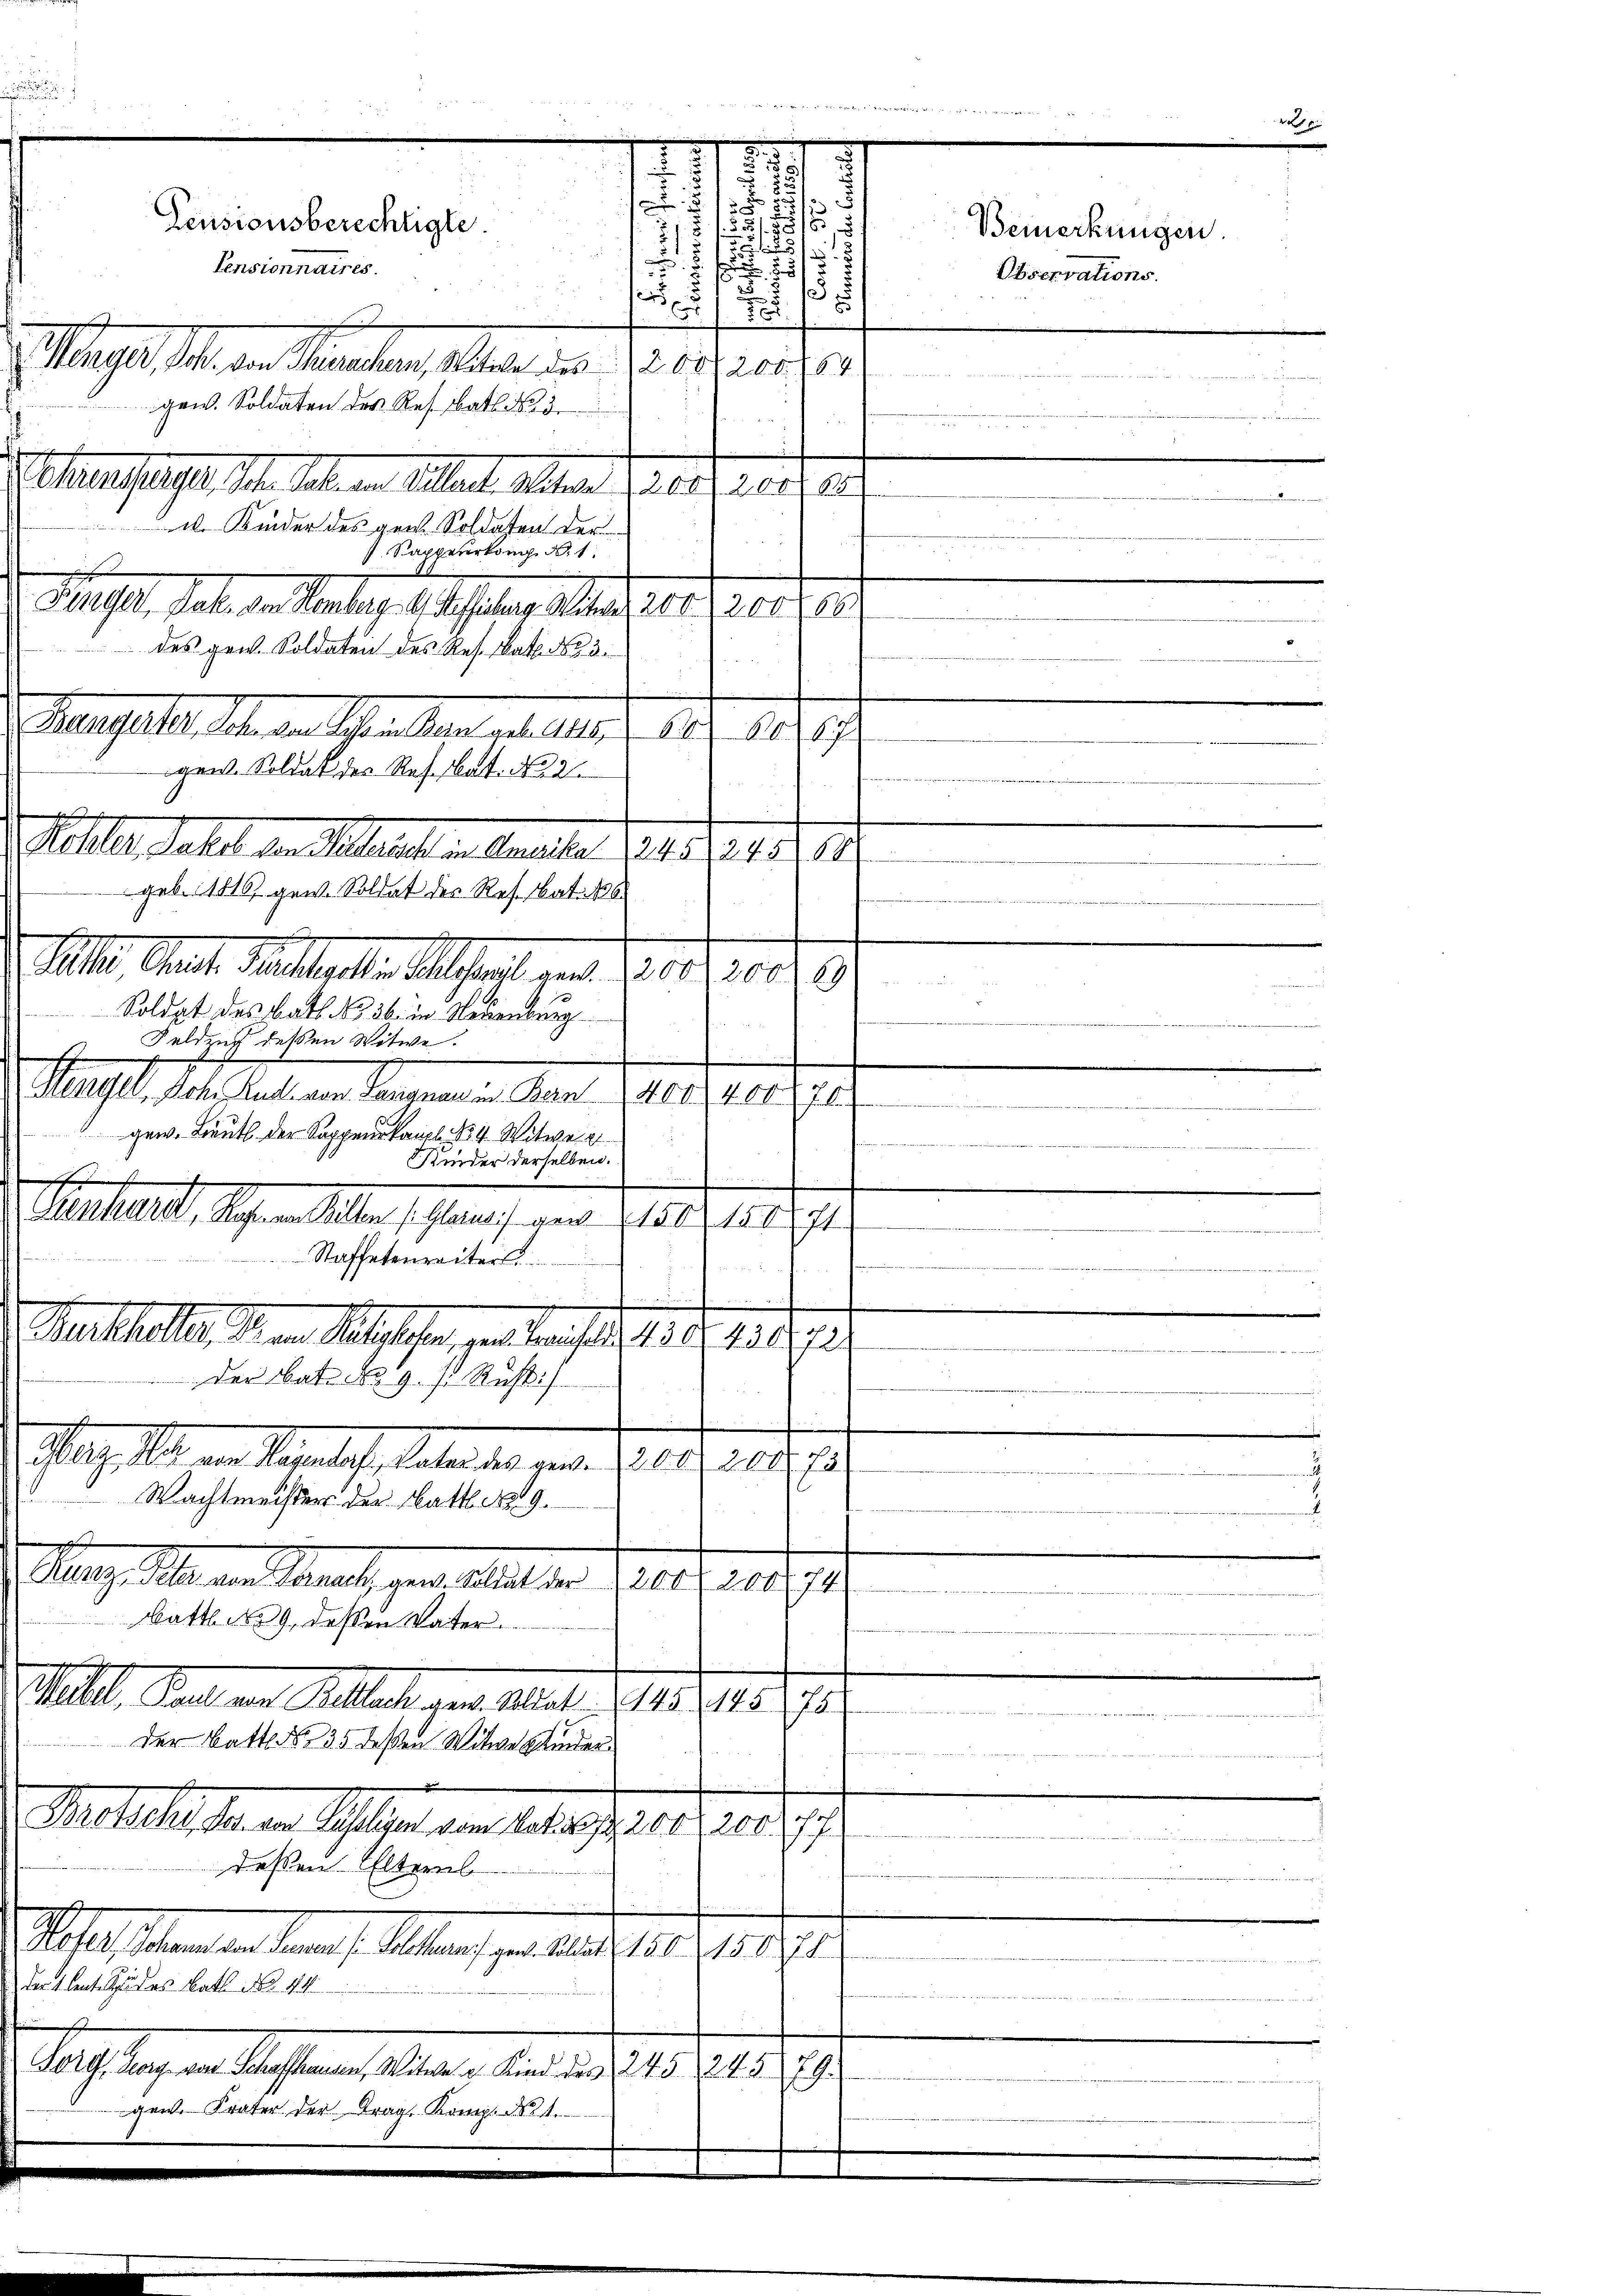
u

7
 a M. an Manchen, der die Verzierges
F
gew. Soldaten des Res. Bat. 3
Vetteshaupt d. habe in Altant Altern Parthalt ei
u. Kinder des gen. Soldaten der
 Sappeurkung d. 1
Mast, hat die Sontag Auslage des gerner
des gen. Soldaten des Res. Bat. No 3.
Pult hat, Sohn der Schen der als 15. d. 181. 810 f.
gew. Soldat des Res. Nat. No 2
ellte, dasel den Statuten Senaten Ges. 1941.
1
i
geb. 1816) gen. Soldat des Res. Bat. 106.
e eben
tl. Art. Mittelte Altstand gant. 27. 1910
69
Soldet des Batt No 36. in Neuenburg
Feldend deßen Witwe.
Stengel, Sch. Rud. von Langnau in Bern 1400. 400 f
e
gew. Lieut. der Sappenskanzl. No. 4. Witwe
Kinder derselben.
Int
enhundt, Sohnen Selben (Glami von 2150. 184

Staffetenreiters.
Marthalte M. an Stellen, von dans le 151. 1882
der Bat. No 9 s. Rust:/
Mar das an Magistets aber der eine Periode nicht e
Wachtmeister der Matt 1819.
Mag. Mai an Staat, per alle der Gesetz 10.
74.
21 der verwider Werkeit
batt No 9. deßen Vater.
e
Mal, Ball an Sellat gern Art. 11. 15.
18
i   der in den würde

die wir
der Batte de 35 deßen Witwe Kinder
.
Malles der an Segen den 10ten u. 1820.
27
deßen Elternl
Sofas Stand an den f. Klage er 1810. 1810. 10. 19
dartente Spur des Batt No. 44

Forg, Tag von Schaffhausen, Witwe Kind das 245. 245
29.
gem. Krater der Fragl. Komp. 1824.

A

e
.
7
2
.

2/5
i
.
Pensionsberechtigte.
u
f
tensionnaires.
u
f

Bemerkungen.
Observations.

e
uee ein
1
ch
h